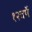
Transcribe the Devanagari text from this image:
१२वर्षे